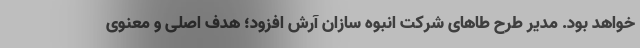
خواهد بود. مدیر طرح طاهای شرکت انبوه سازان آرش افزود؛ هدف اصلی و معنوی